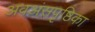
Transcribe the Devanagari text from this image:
अवअंसपृष्ठिका